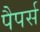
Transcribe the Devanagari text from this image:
पैपर्स